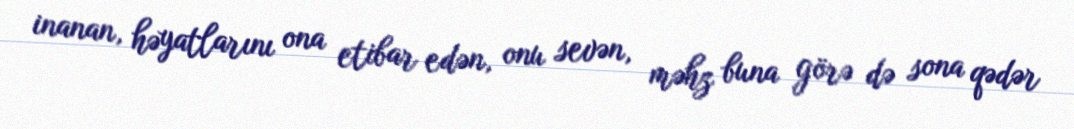
inanan, həyatlarını ona etibar edən, onu sevən, məhz buna görə də sona qədər